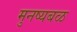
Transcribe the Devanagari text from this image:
मुनष्यबळ